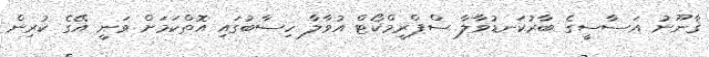
ޤާނޫނު އަސާސީގެ ބާރުކަނޑުވާލާ ސްޕްރީމްކޯޓް އުވާލާ ހިސާބުުގައި އޮތްކަމަށް ވަނީ އޭގެ ކުރިން